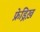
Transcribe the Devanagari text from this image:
फ्रेड्रिख़